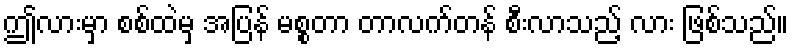
ဤလားမှာ စစ်ထဲမှ အပြန် မစ္စတာ တာလက်တန် စီးလာသည့် လား ဖြစ်သည်။